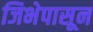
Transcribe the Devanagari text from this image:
जिभेपासून